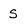
Character: S